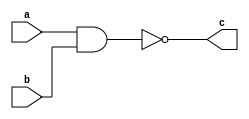
`timescale 1ns / 1ps
//////////////////////////////////////////////////////////////////////////////////
// Company: 
// Engineer: 
// 
// Design Name: 
// Module Name: AND_GATE
// Project Name: 
// Target Devices: 
// Tool Versions: 
// Description: 
// 
// Dependencies: 
// 
// Revision:
// Revision 0.01 - File Created
// Additional Comments:
// 
//////////////////////////////////////////////////////////////////////////////////


module AND_GATE(a, b, c
    );
    input a, b;
    output c;
    wire t1;
    
    assign t1 = a & b;
    assign c = ~t1;
    
endmodule